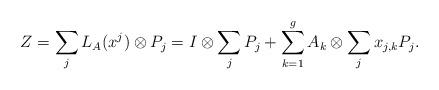
LaTeX: \begin{align*}Z=\sum_{j} L_A(x^j)\otimes P_j = I\otimes\sum_j P_j+\sum_{k=1}^g A_k \otimes \sum_j x_{j,k}P_j.\end{align*}